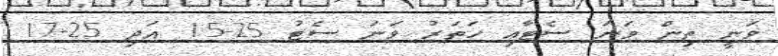
ވަނީ ތިން ވަނަ ސެޓާއި ހަތަރު ވަނަ ސެޓު 25-15 އަދި 25-17